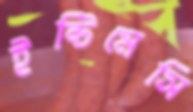
ইন্টিমেসি